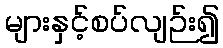
များနှင့်စပ်လျဉ်း၍